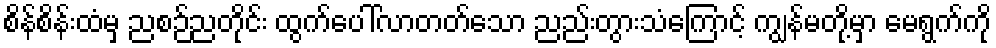
စိန်စိန်းထံမှ ညစဉ်ညတိုင်း ထွက်ပေါ်လာတတ်သော ညည်းတွားသံကြောင့် ကျွန်မတို့မှာ မေရွက်ကို